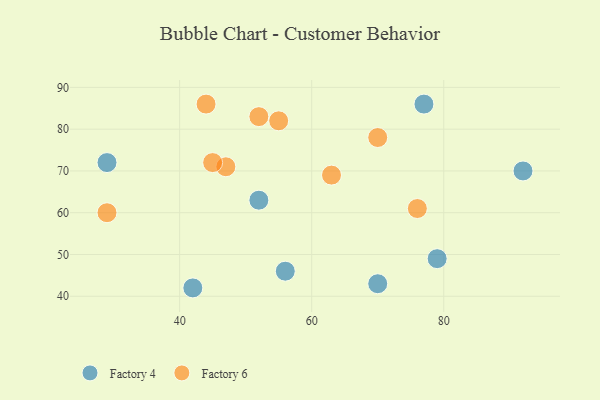
{"axis": {"x": "GDP", "y": "Life Expectancy"}, "legend": ["Factory 4", "Factory 6"], "data": [{"x": "92", "y": 70, "type": "Factory 4"}, {"x": "29", "y": 72, "type": "Factory 4"}, {"x": "42", "y": 42, "type": "Factory 4"}, {"x": "56", "y": 46, "type": "Factory 4"}, {"x": "77", "y": 86, "type": "Factory 4"}, {"x": "70", "y": 43, "type": "Factory 4"}, {"x": "79", "y": 49, "type": "Factory 4"}, {"x": "52", "y": 63, "type": "Factory 4"}, {"x": "52", "y": 83, "type": "Factory 6"}, {"x": "29", "y": 60, "type": "Factory 6"}, {"x": "55", "y": 82, "type": "Factory 6"}, {"x": "76", "y": 61, "type": "Factory 6"}, {"x": "47", "y": 71, "type": "Factory 6"}, {"x": "45", "y": 72, "type": "Factory 6"}, {"x": "63", "y": 69, "type": "Factory 6"}, {"x": "70", "y": 78, "type": "Factory 6"}, {"x": "44", "y": 86, "type": "Factory 6"}]}